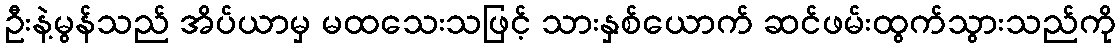
ဦးနဲ့မွန်သည် အိပ်ယာမှ မထသေးသဖြင့် သားနှစ်ယောက် ဆင်ဖမ်းထွက်သွားသည်ကို